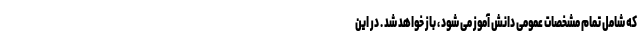
که شامل تمام مشخصات عمومی دانش آموز می شود ، باز خواهد شد . در این